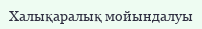
Халықаралық мойындалуы